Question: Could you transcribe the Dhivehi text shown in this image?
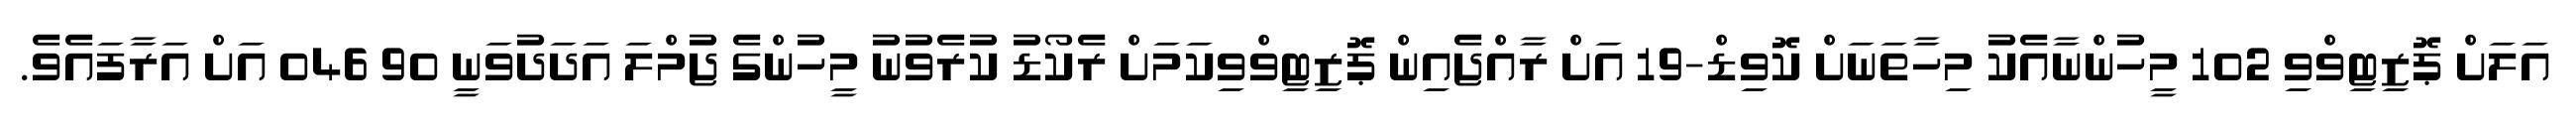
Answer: އަލަށް ޕޮޒިޓިވްވި 102 މީހުންނާއެކު މިހާތަނަށް ކޮވިޑް-19 އަށް ރާއްޖެއިން ޕޮޒިޓިވްވިކަމަށް ރެކޯޑު ކުރެވުނު މީހުންގެ ޖުމްލަ އަދަދުވަނީ 90 046 އަށް އަރާފައެވެ.